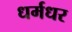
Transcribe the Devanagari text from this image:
धर्मधर